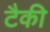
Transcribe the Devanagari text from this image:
टैकी